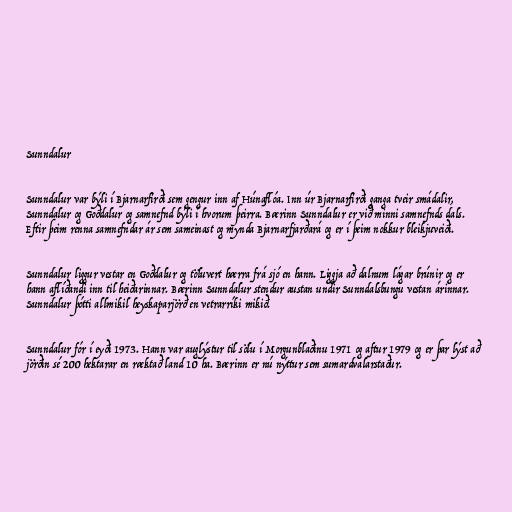
Sunndalur

Sunndalur var býli í Bjarnarfirði sem gengur inn af Húnaflóa. Inn úr Bjarnarfirði ganga tveir smádalir,
Sunndalur og Goðdalur og samnefnd býli í hvorum þeirra. Bærinn Sunndalur er við minni samnefnds dals.
Eftir þeim renna samnefndar ár sem sameinast og mynda Bjarnarfjarðará og er í þeim nokkur bleikjuveiði.

Sunndalur liggur vestar en Goðdalur og töluvert hærra frá sjó en hann. Liggja að dalnum lágar brúnir og er
hann aflíðandi inn til heiðarinnar. Bærinn Sunndalur stendur austan undir Sunndalsbungu vestan árinnar.
Sunndalur þótti allmikil heyskaparjörð en vetrarríki mikið.

Sunndalur fór í eyði 1973. Hann var auglýstur til sölu í Morgunblaðinu 1971 og aftur 1979 og er þar lýst að
jörðin sé 200 hektarar en ræktað land 10 ha. Bærinn er nú nýttur sem sumardvalarstaður.